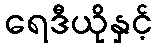
ရေဒီယိုနှင့်